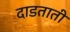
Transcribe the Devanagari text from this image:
दाडताती